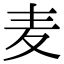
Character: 麦